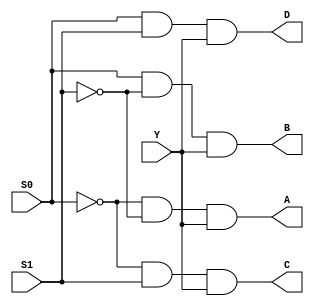
// D02-4. 4 Output Demultiplexer DEMMUX
// Input:     Y   Output: A, B, C, D (and vice versa for DEMUX)
// Select:    S0, S1

// DEMUX:     A = ((!S0)*(!S1)*Y)
//            B = (S0*(!S1)*Y)
//            C = ((!S0)*S1*Y)
//            D = (S0*S1*Y)

// Struct
// ======================================
// it's not the best design approach (for huge project) if elements are basic gates
module demux4_struct (output A, 
                      output B,
                      output C,
                      output D,
                       input Y,
                      input S0,
                      input S1);
  // output is only "wire" type
  wire S0bar, S1bar; 
  
  // output first, then inputs
  not d0(S0bar, S0);
  not d1(S1bar, S1);
  and d2(A, S0bar, S1bar, Y);
  and d3(B, S0, S1bar, Y);
  and d4(C, S0bar, S1, Y);
  and d5(D, S0, S1, Y);
endmodule

// Data Flow
// ======================================
module demux4_dataflow (output A, 
                        output B,
                        output C,
                        output D,
                         input Y,
                        input S0,
                        input S1);
  // "assign" always generate some digital circuit                    
  assign A = ((!S0)*(!S1)*Y);
  assign B = (S0*(!S1)*Y);
  assign C = ((!S0)*S1*Y);
  assign D = (S0*S1*Y);
endmodule

// Functional
// ======================================
module demux4_funct(output reg A, 
                    output reg B,
                    output reg C,
                    output reg D,
                         input Y, 
                  input [0:0] S0,
                  input [0:0] S1);               
  // "always" is procedural operator
  // statements inside an "always" block are executed sequentially, not once!
  // "@" is an operator "wait event"
  // inside "always" block can only assign to reg or variables not wire
  
  reg [1:0] sel;
  always @(S0 or S1 or Y) begin
    sel = {S1, S0};
    case(sel)
      2'b00: begin A = Y; B = 0; C = 0; D = 0; end // 0     
      2'b01: begin A = 0; B = Y; C = 0; D = 0; end // 1
      2'b10: begin A = 0; B = 0; C = Y; D = 0; end // 2 
      2'b11: begin A = 0; B = 0; C = 0; D = Y; end // 3
      default: A = 0; 
    endcase
  end
endmodule

// Testbench
// =======================================
// "initial" - not synthesizable, is started at the beginning of a simulation at time 0 unit. 
// this block will be executed only once during the entire simulation.

module testbench_demux;
  wire a1, a2, a3;
  wire b1, b2, b3;
  wire c1, c2, c3;
  wire d1, d2, d3;
  reg s0, s1;       // select
  reg y;            // testbench output signal
  
  demux4_struct dut1(.A(a1), .B(b1), .C(c1), .D(d1), .S0(s0), .S1(s1), .Y(y));
  demux4_dataflow dut2(.A(a2), .B(b2), .C(c2), .D(d2), .S0(s0), .S1(s1), .Y(y));
  demux4_funct dut3(.A(a3), .B(b3), .C(c3), .D(d3), .S0(s0), .S1(s1), .Y(y));
  
  integer i, j;
  initial begin
    $display("Testbench is running!");
    y = 0;
    
    for(i = 0; i <= 1; i = i + 1) begin
      s0 = 0; 
      s1 = 0;
      y = !i;
      $display("Input:  Y:[%b]", y);
 
      for (j = 0; j <= 3; j = j + 1) begin
        {s1, s0} = j;        
        #5;
        $display("Select: S1:[%b], S0:[%b], J:[%d]", s1, s0, j);
      end
      
    end
  end
endmodule